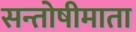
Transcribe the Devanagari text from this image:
सन्तोषीमाता